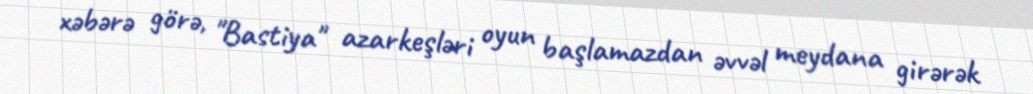
xəbərə görə, "Bastiya" azarkeşləri oyun başlamazdan əvvəl meydana girərək